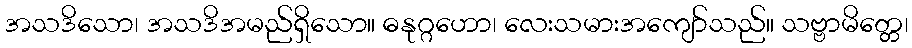
အသဒိသော၊ အသဒိအမည်ရှိသော။ ဓနုဂ္ဂဟော၊ လေးသမားအကျော်သည်။ သဗ္ဗာမိတ္တေ၊